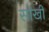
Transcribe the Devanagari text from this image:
सोखी